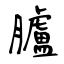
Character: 臚